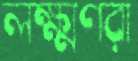
লক্ষ্মণরা